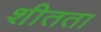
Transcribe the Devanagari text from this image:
शीतता